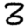
Digit: 3